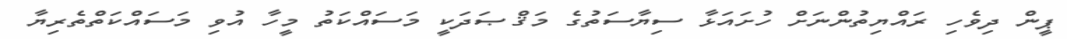
ޕީން ދިވެހި ރައްޔިތުންނަށް ހުށައަޅާ ސިޔާސަތުގެ މަޤްޞަދަކީ މަސައްކަތު މީހާ އުވި މަސައްކަތްތެރިޔާ